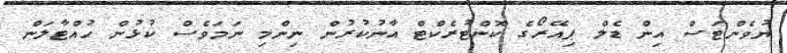
ޔުވެންޓަސް އިން ޑެލް ޕިއޭރޯގެ ކޮންޓުރެކްޓް އާނުކުރުން ނިންމި ނަމަވެސް ކުޅުން ހުއްޓާލަން